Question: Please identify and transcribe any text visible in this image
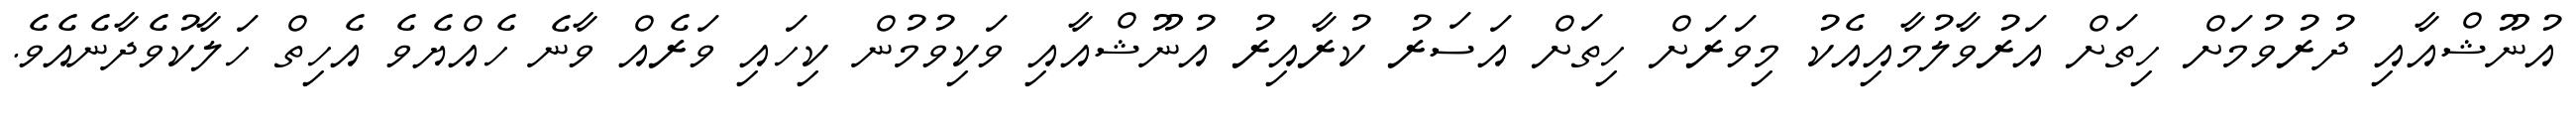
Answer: އުނޫޝްއާއި ދުރުވުމަށް ހިތަށް އަރުވާލުމާއިއެކު މިވަރަށް ހިތަށް އަސަރު ކުރާއިރު އުނޫޝްއާއި ވަކިވުމުން ކިހައި ވަރެއް ވާނެ ހެއްޔެވެ އެހިތް ހަލާކުވެދާނެއެވެ.